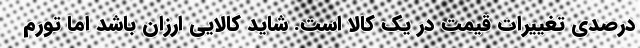
درصدی تغییرات قیمت در یک کالا است. شاید کالایی ارزان باشد اما تورم